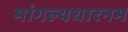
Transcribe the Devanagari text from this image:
मांगल्यधारनम